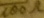
Text: 100Ω